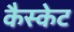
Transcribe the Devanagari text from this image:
कैस्केट